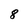
Character: 8